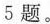
5题。